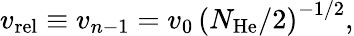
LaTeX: v_{\mathrm{rel}}\equiv v_{n-1}=v_{0}\, \left(N_{\mathrm{He}}/2\right)^{-1/2},